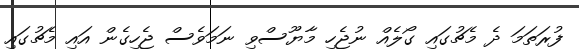
ފުރަތަމަ ދެ މެޗުގައި ގޯލެއް ނުޖެހި މާޔޫސްވި ނަމަވެސް ޖެހިގެން އައި މެޗުގައި